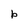
Character: b